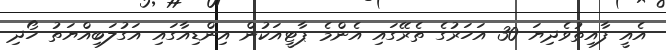
އެއީ ފާއިތުވެދިޔަ 30 އަހަރުގެ ތެރޭގައި އެންމެ ޕާޓީއަކުން އިންޑިއާގައި އަގުލަބިއްޔަތު ހޯދި